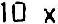
10 X